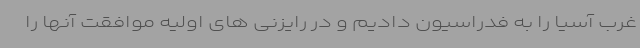
غرب آسیا را به فدراسیون دادیم و در رایزنی های اولیه موافقت آنها را